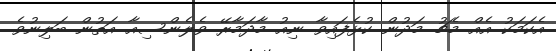
އެކަމަކު އެއް މެޗު މަދުން ކުޅެފައިވާ ނިއު މާދަމާރޭ ވެލެންސިއާ އަތުން ބަލިނުވެ